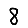
Digit: 8